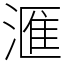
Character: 滙